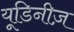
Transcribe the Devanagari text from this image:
यूडिनीज़